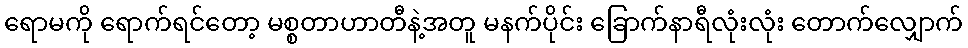
ရောမကို ရောက်ရင်တော့ မစ္စတာဟာတီနဲ့အတူ မနက်ပိုင်း ခြောက်နာရီလုံးလုံး တောက်လျှောက်